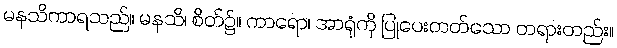
မနသိကာရသည်။ မနသိ၊ စိတ်၌။ ကာရော၊ အာရုံကို ပြုပေးတတ်သော တရားတည်း။